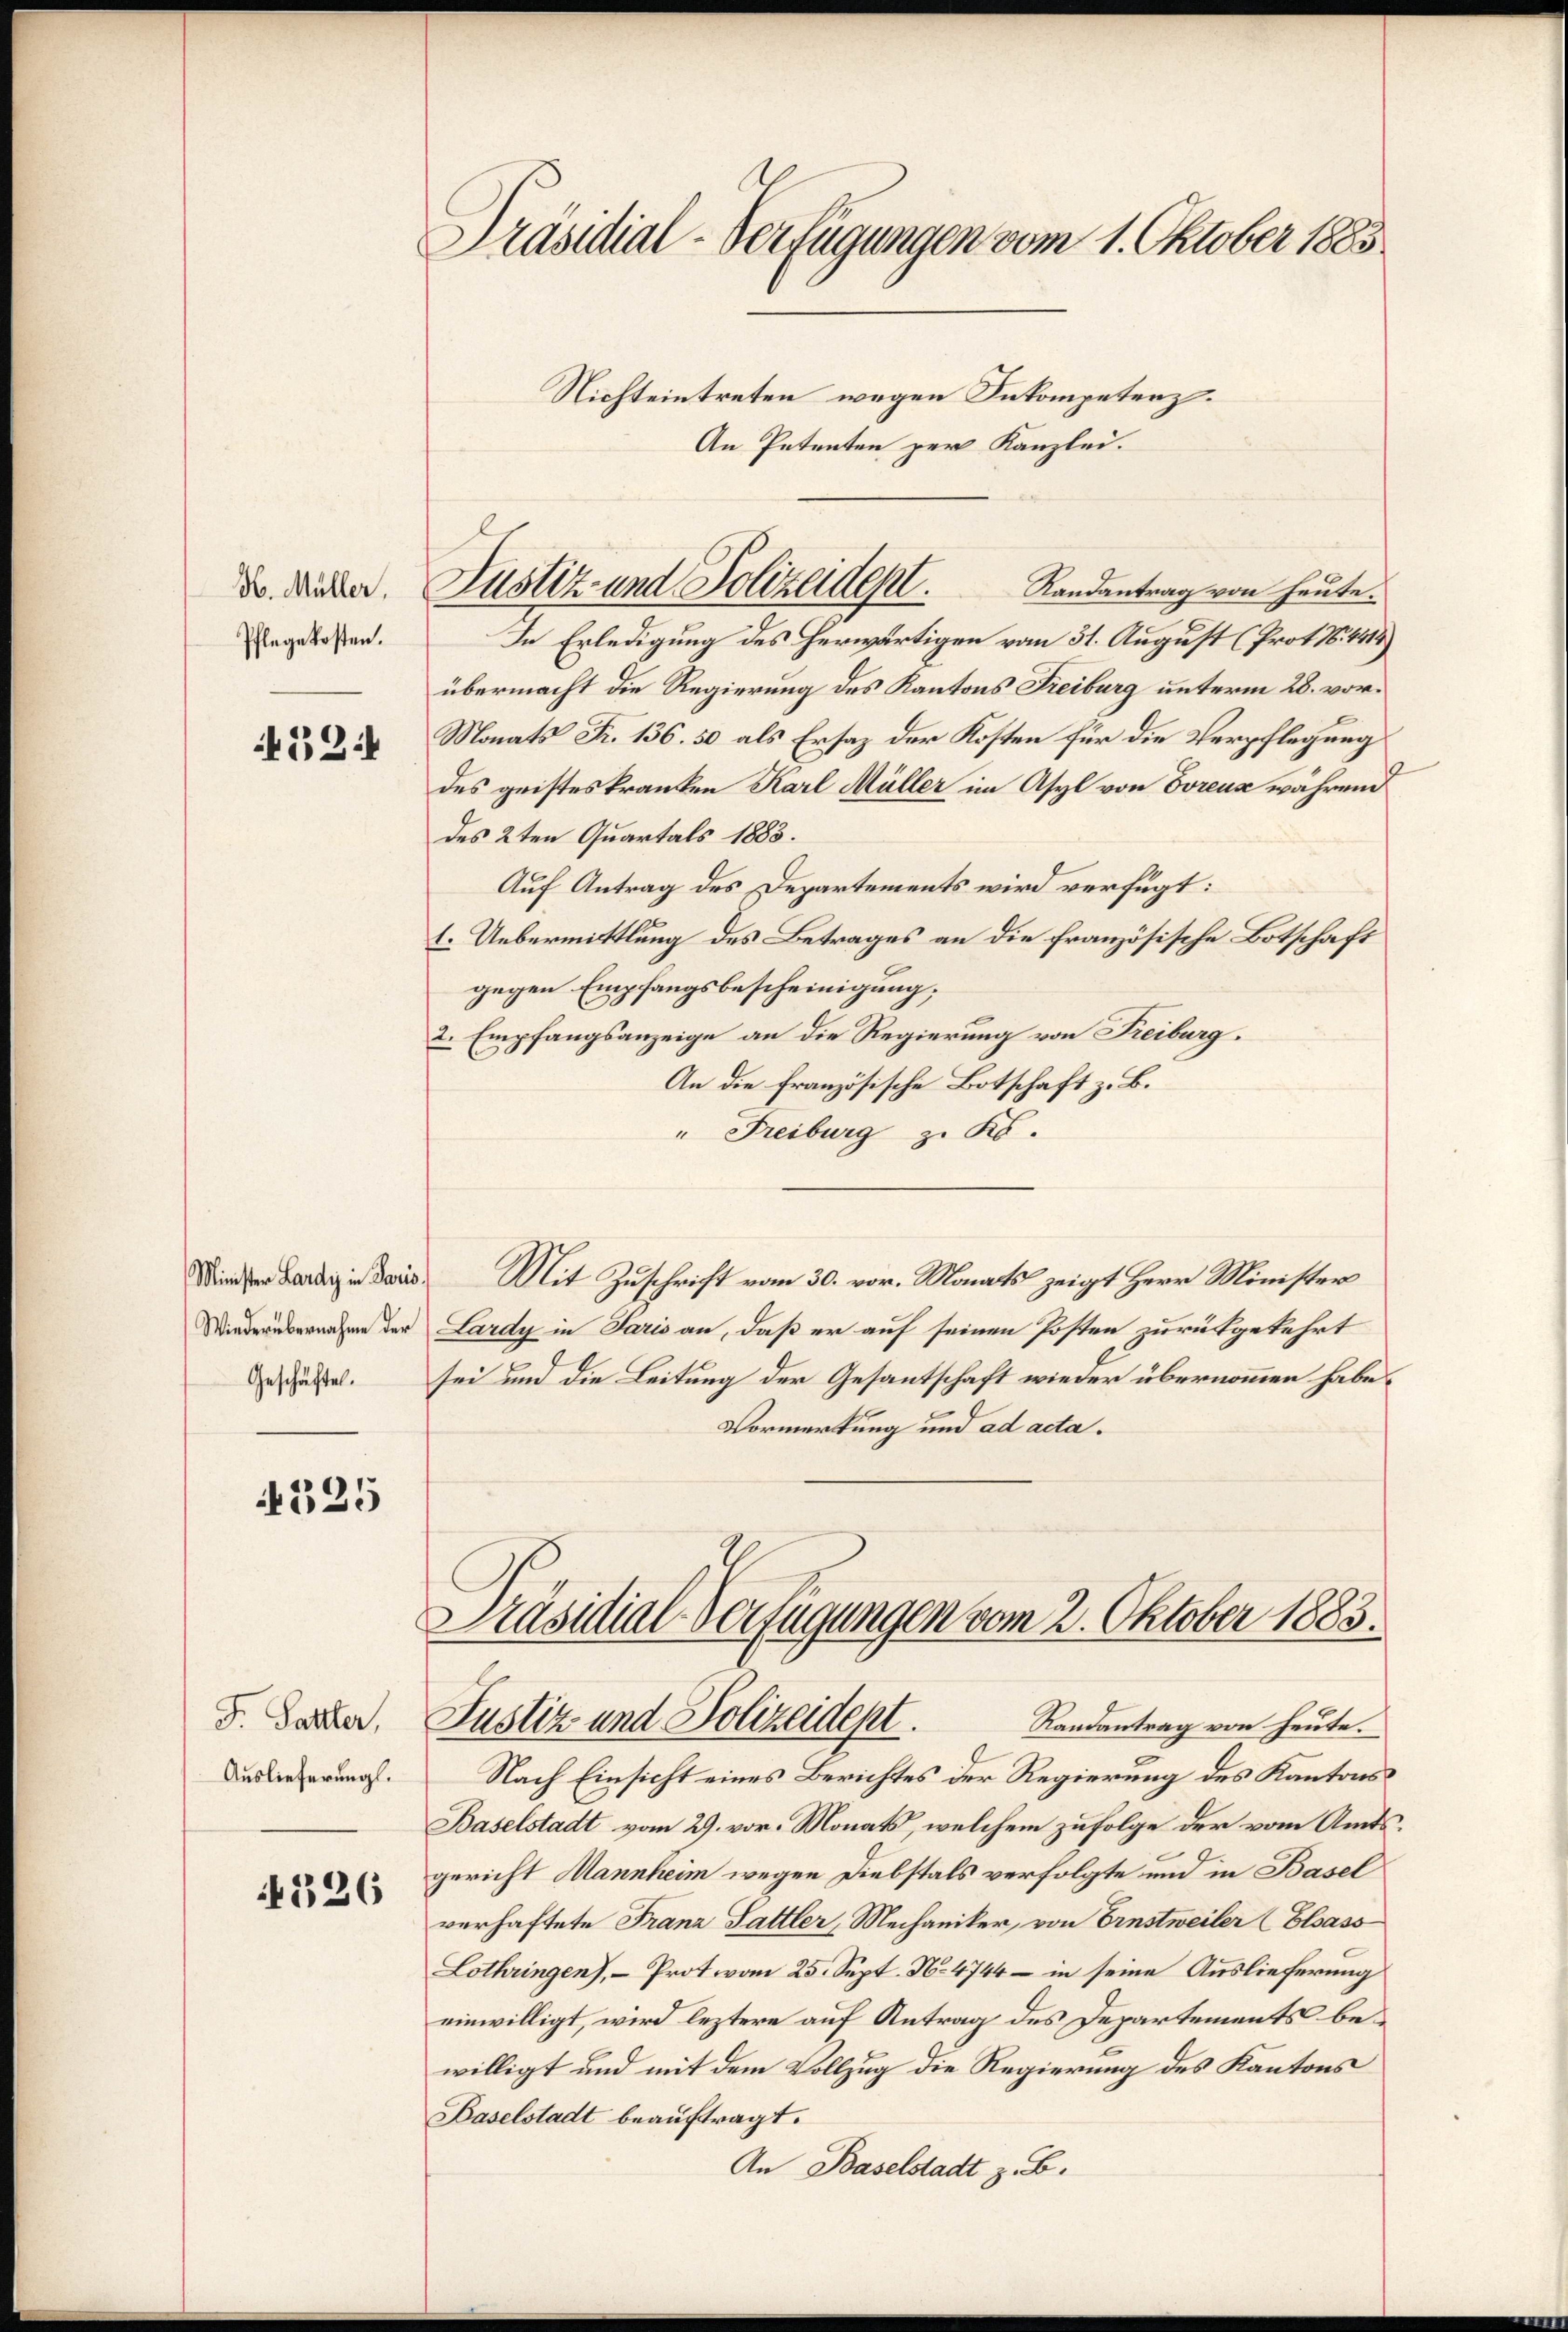
M. Müller,
Pflege kosten.

531

Minister Lardy in Paris
Wiederübernahme der
Geschäftes.

325

F. Sattler,
Auslieferung.

326

Präsidial-Verfügungen vom 1. Oktober 1883.
Nichteintreten wegen Inkompetenz.

An Petenten per Kanzlei.
In Erledigung des herwärtigen vom 31. August (Prot. N. 4518)
übermacht die Regierung des Kantons Freiburg unterm 28. vor.
Monats Fr. 136. 50 als Ersatz der Kosten für die Verpflegung
des geisteskranken Karl Müller im Asyl von Soreux während
des 2ten Quartals 1883.
Auf Antrag des Departements wird verfügt:
l. Uebermittlung des Betrages an die französische Botschaft
gegen Empfangsbescheinigung;
2. Empfangsanzeige an die Regierung von Freiburg.
An die französische Botschaft z. B.
" Freiburg z. R.
Mit Zuschrift vom 30. vor. Monats zeigt Herr Minister
Lardy in Paris an, daß er auf seinen Posten zurückgekehrt
sei und die Leitung der Gesantschaft wieder übernommen habe.
Vormerkung und ad acta.

Justiz- und Polizeidept. Randantrag von heute.

Präsidial-Verfügungen vom 2. Oktober 1883.
Justiz und Polizeidept.
Randantrag von heute.

Nach Einsicht eines Berichtes der Regierung des Kantons
Baselstadt vom 29. vor. Monats, welchem zufolge der vom Amtsgericht Mannheim wegen Diebstals verfolgte und in Basel
verhaftete Franz Sattler, Mechaniker, von Ernstweiler (Elsass
Lothringen), - Prot vom 25. Sept. No. 4744 – in seine Auslieferung
einwilligt, wird leztere auf Antrag des Departements bewilligt und mit dem Vollzug die Regierung des Kantons
Baselstadt beauftragt.
An Baselstadt z. B.